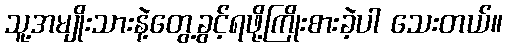
သူ့အမျိုးသားနဲ့တွေ့ခွင့်ရဖို့ကြိုးစားခဲ့ပါ သေးတယ်။